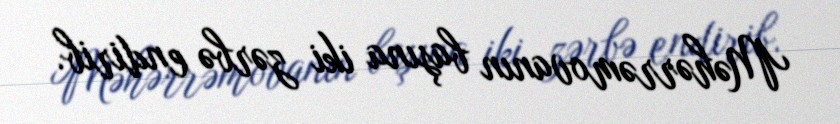
Məhərrəmovanın başına iki zərbə endirib.